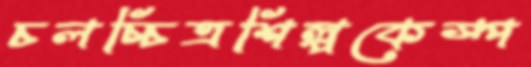
চলচ্চিত্রশিল্পকেস্প